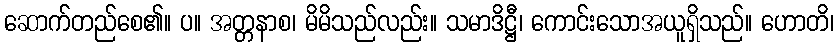
ဆောက်တည်စေ၏။ ပ။ အတ္တနာစ၊ မိမိသည်လည်း။ သမာဒိဋ္ဌီ၊ ကောင်းသောအယူရှိသည်။ ဟောတိ၊